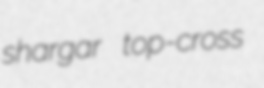
shargar top-cross